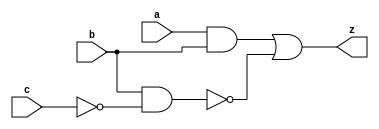
module comb_3in(a,b,c,z);
    input a,b,c;
    output z;
    assign z = (a & b)|~(b & ~c);
endmodule

`timescale 1ns/1ns
module comb_3in_test;
    reg in1, in2, in3;
    reg [2:0] mem[0:7]; //3bit8
    wire out;
    integer i;

    comb_3in co(in1, in2, in3, out);

    initial begin
        $readmemb("input.txt", mem);
        $monitor("%t: a=%b b=%b c=%b y=%b", $time, in1, in2, in3, out);
        for( i=0; i<8; i=i+1 )
        begin
            {in1, in2, in3} = mem[i];
            #100;
        end
        $finish;
    end
endmodule